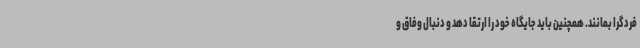
فردگرا بمانند. همچنین باید جایگاه خود را ارتقا دهد و دنبال وفاق و